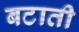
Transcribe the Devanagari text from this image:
बटाती